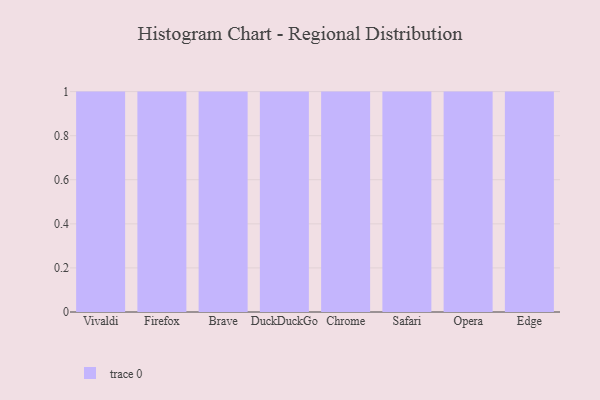
{"axis": {"x": "Browser", "y": "Demand Index"}, "legend": [""], "data": [{"x": "Vivaldi", "y": 9, "type": ""}, {"x": "Firefox", "y": 55, "type": ""}, {"x": "Brave", "y": 30, "type": ""}, {"x": "DuckDuckGo", "y": 68, "type": ""}, {"x": "Chrome", "y": 41, "type": ""}, {"x": "Safari", "y": 81, "type": ""}, {"x": "Opera", "y": 31, "type": ""}, {"x": "Edge", "y": 63, "type": ""}]}